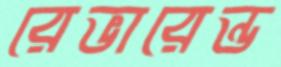
রেভারেন্ড